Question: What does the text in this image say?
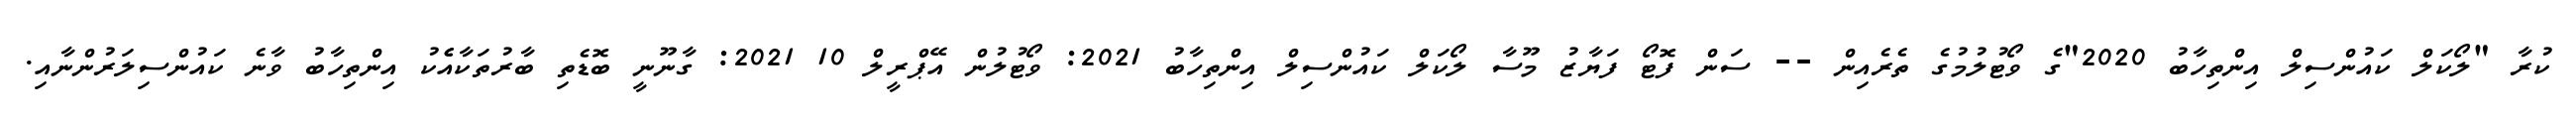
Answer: ކުރާ "ލޯކަލް ކައުންސިލް އިންތިހާބު 2020"ގެ ވޯޓުލުމުގެ ތެރެއިން -- ސަން ފޮޓޯ ފަޔާޒު މޫސާ ލޯކަލް ކައުންސިލް އިންތިހާބު 2021: ވޯޓުލުން އޭޕްރީލް 10 2021: ގާނޫނީ ބޮޑެތި ބާރުތަކާއެެކު އިންތިހާބު ވާނެ ކައުންސިލަރުންނާއި.